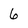
Character: 6